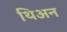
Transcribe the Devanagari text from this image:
थिअन